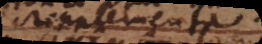
supplementa.